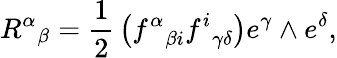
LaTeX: {R^{\alpha}}_{\beta}={\frac{1}{2}}\left({f^{\alpha}}_{\beta i}{f^{i}}_{\gamma\delta}\right)e^{\gamma}\wedge e^{\delta},